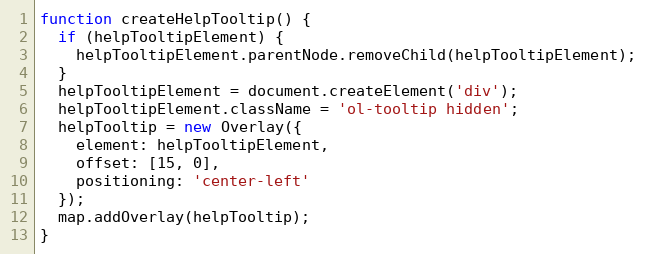
Language: JavaScript
function createHelpTooltip() {
  if (helpTooltipElement) {
    helpTooltipElement.parentNode.removeChild(helpTooltipElement);
  }
  helpTooltipElement = document.createElement('div');
  helpTooltipElement.className = 'ol-tooltip hidden';
  helpTooltip = new Overlay({
    element: helpTooltipElement,
    offset: [15, 0],
    positioning: 'center-left'
  });
  map.addOverlay(helpTooltip);
}